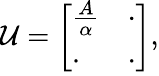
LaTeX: \mathcal{U}=\left[\begin{array}{ll}{\frac{A}{\alpha}}&{\cdot}\\ {\cdot}&{\cdot}\end{array}\right],